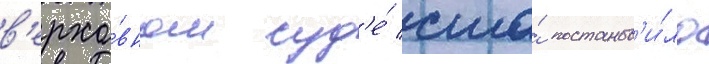
в'ерхо́вном суд'е́ сша́ постанов'и́ло